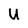
Character: U